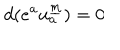
LaTeX: d ( e ^ { a } u _ { a } ^ { \underline { { { m } } } } ) = 0